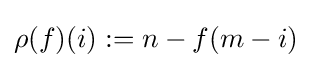
\rho (f)(i):=n-f(m-i)